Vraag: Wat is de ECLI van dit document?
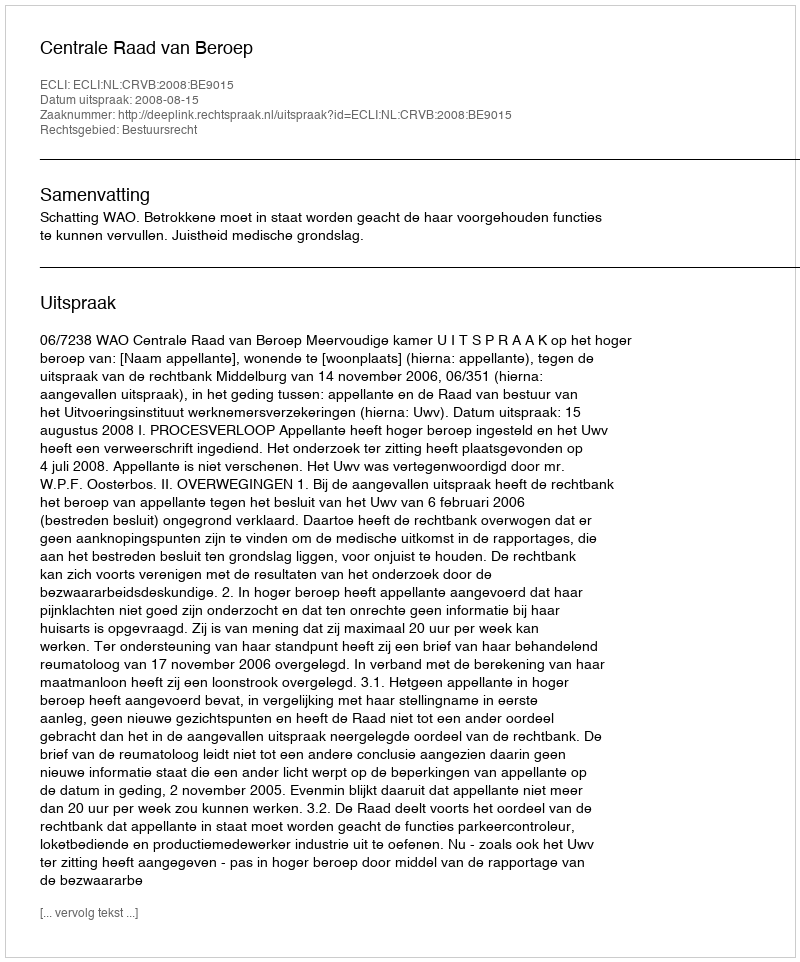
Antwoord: ECLI:NL:CRVB:2008:BE9015